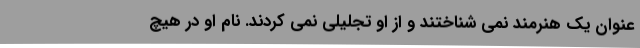
عنوان یک هنرمند نمی شناختند و از او تجلیلی نمی کردند. نام او در هیچ